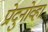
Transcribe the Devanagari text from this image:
प्रोदुनोव्हा